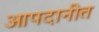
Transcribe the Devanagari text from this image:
आपदानीत